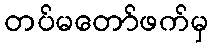
တပ်မတော်ဖက်မှ